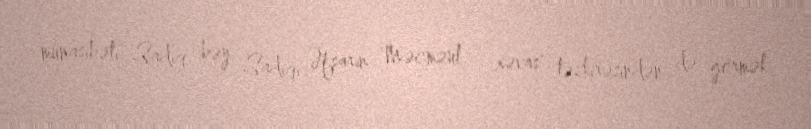
münasibəti Sadiq bəy Sadiqi Əfşarın "Məcməül - xəvas" təzkirəsindən də görmək